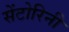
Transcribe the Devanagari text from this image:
सेंटोरिनी